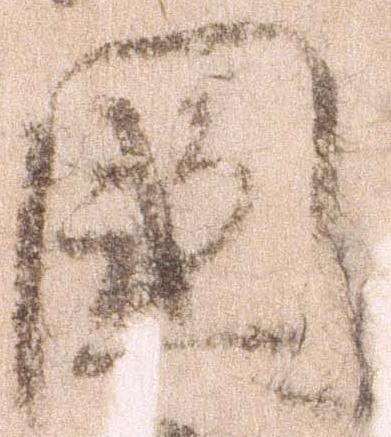
国